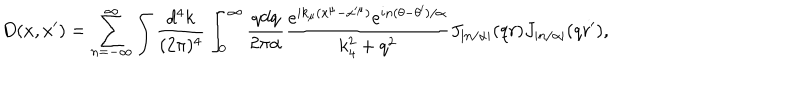
D ( x , x ^ { \prime } ) = \sum _ { n = - \infty } ^ { \infty } \int { \frac { d ^ { 4 } k } { ( 2 \pi ) ^ { 4 } } } \int _ { 0 } ^ { \infty } { \frac { q d q } { 2 \pi \alpha } } { \frac { e ^ { i k _ { \mu } ( x ^ { \mu } - x ^ { \mu } ) } e ^ { i n ( \theta - \theta ^ { \prime } ) / \alpha } } { k _ { 4 } ^ { 2 } + q ^ { 2 } } } J _ { \left| n / \alpha \right| } ( q r ) J _ { \left| n / \alpha \right| } ( q r ^ { \prime } ) ,